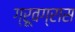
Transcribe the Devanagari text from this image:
ग्रूवग्रास